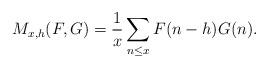
LaTeX: \begin{align*} M_{x,h}(F,G)=\frac{1}{x}\sum_{n\le x}F(n-h)G(n). \end{align*}